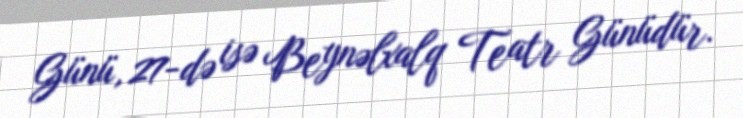
Günü, 27-də isə Beynəlxalq Teatr Günüdür.